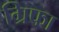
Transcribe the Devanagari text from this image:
ग्रिफा